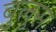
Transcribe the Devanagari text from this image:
बुलुस